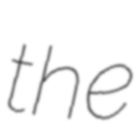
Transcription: the